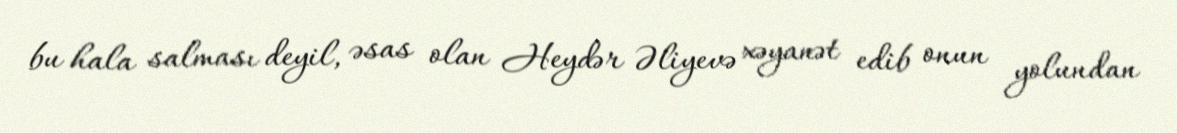
bu hala salması deyil, əsas olan Heydər Əliyevə xəyanət edib onun yolundan